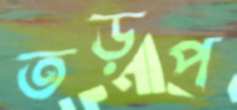
তড়প